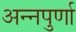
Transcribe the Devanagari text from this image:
अन्‍नपुर्णा